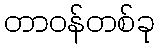
တာဝန်တစ်ခု